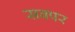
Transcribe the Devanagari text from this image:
सबपर